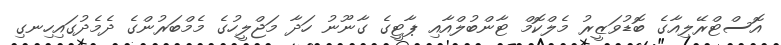
އޮސްޓްރޭލިއާގެ ބޮޑުވަޒީރު މެލްކޮމް ޓާންބުލްއާއި ޕާޓީގެ ގާނޫނު ހަދާ މަޖްލީހުގެ މެމްބަރުންގެ ދެމެދުގައިހިނގި